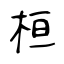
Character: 桓